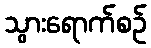
သွားရောက်စဉ်